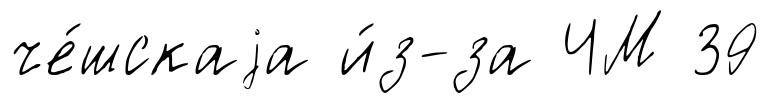
че́шскаjа и́з-за ЧМ 39